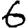
Digit: 6